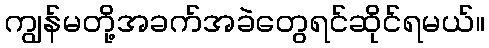
ကျွန်မတို့အခက်အခဲတွေရင်ဆိုင်ရမယ်။